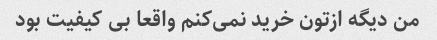
من دیگه ازتون خرید نمی‌کنم واقعا بی کیفیت بود